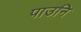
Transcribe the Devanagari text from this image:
पाउनि